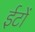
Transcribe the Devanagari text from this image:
ईटोंं